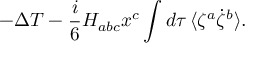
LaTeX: - \Delta T - \frac { i } { 6 } H _ { a b c } x ^ { c } \int d \tau \, \langle \zeta ^ { a } \dot { \zeta } ^ { b } \rangle .